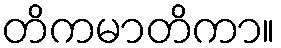
တိကမာတိကာ။